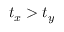
t _ { x } > t _ { y }